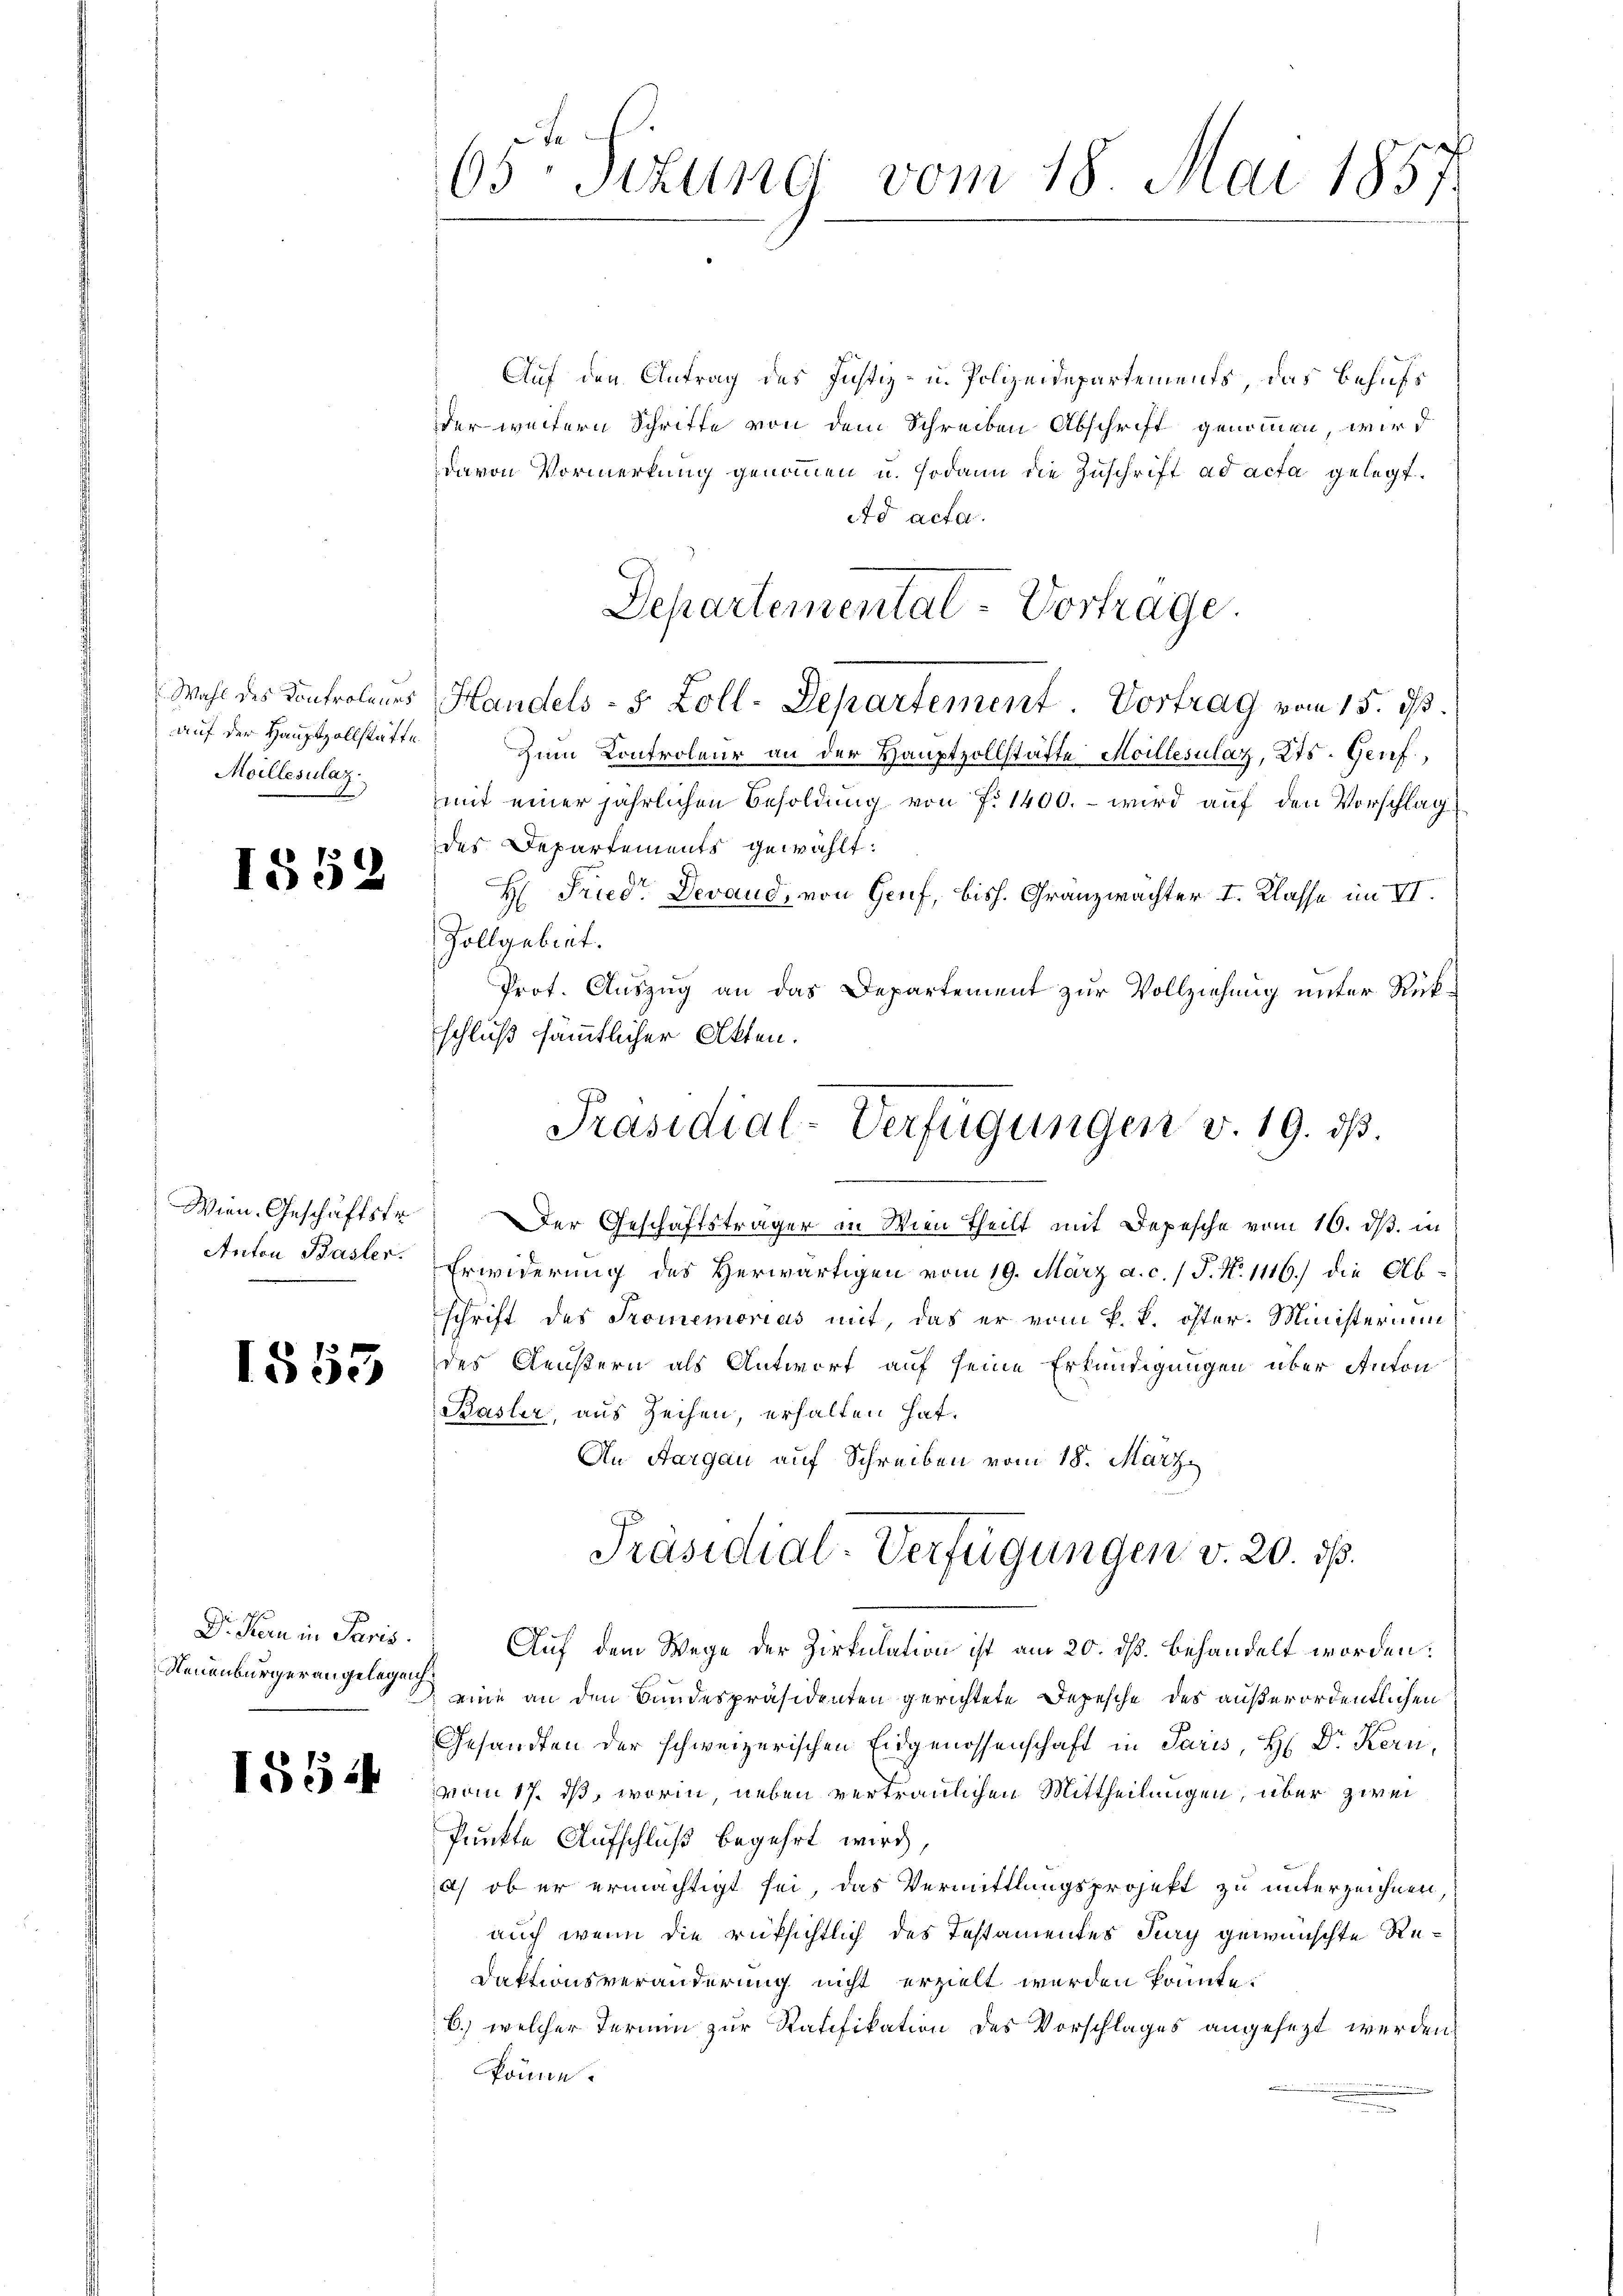
auf der Hauptzollstätte.
Moillesulat

1552

Anton Basler.

1555

Dr. Kern in Paris.
Neuenburger angelegen.

1554

65 Sizung vom 18. Mai 1857.

Auf den Antrag des Justiz- u. Polizeidepartements, das Behufs
der weitern Schritte von dem Schreiben Abschrift genommen, wir
davon Vormerkung genommen u. sodann die Zuschrift ad acta gelegt.
Ad acta.
Wahl des Kontroleurs Handels- 5 Zoll-Departement. Vortrag vom 15. d.
Zum Controleur an der Hauptzollstätte Meillesulat, Kts. Genf,
mit einer jährlichen Besoldung von f. 1400. - wird auf den Vorschlag
des Departements gewählt.
H: Friedr. Devand, von Gruf, bish. Granzwachter I. Klasse im II.
Zollgebiet.
Prot. Auszug an das Departement zur Vollziehung unter Rückschluß sämmtlicher Akten.
Wien. Geschäftstr. Der Geschäftsträger in Wien theilt mit Depesche vom 16. ds. in
Erwiderung des Herwärtigen vom 19. März a. c. / P. N. 1116.) die Abschrift des Promemorias mit, das er vom k. k. öster. Ministerium
des Aeußern als Antwort auf seine Erkundigungen über Anton
Basler, aus zeihen, erhalten hat.
An Aargau auf Schreiben vom 18. März
Präsidial-Verfügungen v. 20. ds.
Auf dem Wege der Zirkulation ist am 20. ds. behandelt worden:
eine an den Bandespräsidenten gerichtete Depesche des außerordentlichen
Gesandten der schweizerischen Eidgenossenschaft in Paris, H. Dr Kern,
vom 17. ds, worin, neben vertraulichen Mittheilungen, über zwei
Punkte Aufschluß begehrt wird,
a) ob er ermächtigt sei, das Vermittlungsprojekt zu unterzeichnen,
auch wenn die rüksichtlich des Testamentes Jury gewünschte Re¬
Daktionsveränderung nicht erzielt werden könnte.
b.) welcher Termin zur Ratifikation des Vorschlages angesezt werden.
könne.

Departemental-Vortrage.

Präsidial-Verfügungen v. 19. ds.